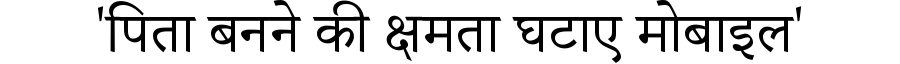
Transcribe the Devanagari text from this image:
'पिता बनने की क्षमता घटाए मोबाइल'